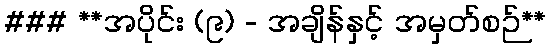
### **အပိုင်း (၉) - အချိန်နှင့် အမှတ်စဉ်**